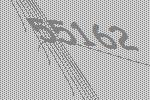
55162